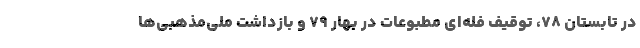
در تابستان 78، توقیف فله‌ای مطبوعات در بهار 79 و بازداشت ملی‌مذهبی‌ها